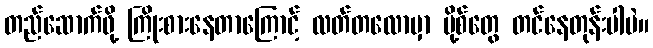
တည်ဆောက်ဖို့ ကြိုးစားနေတာကြောင့် လတ်တလောမှာ ပို့စ်တွေ တင်နေတုန်းပါပဲ။